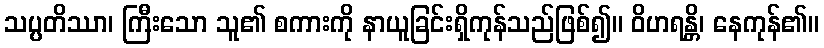
သပ္ပတိဿာ၊ ကြီးသော သူ၏ စကားကို နာယူခြင်းရှိကုန်သည်ဖြစ်၍။ ဝိဟရန္တိ၊ နေကုန်၏။